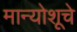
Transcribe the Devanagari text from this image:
मान्योशूचे